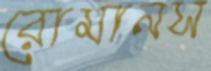
রোমানস